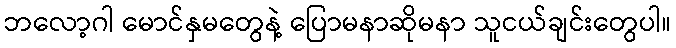
ဘလော့ဂါ မောင်နှမတွေနဲ့ ပြောမနာဆိုမနာ သူငယ်ချင်းတွေပါ။